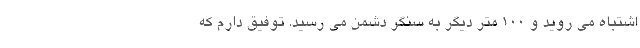
اشتباه می روید و 100 متر دیگر به سنگر دشمن می رسید. توفیق دارم که